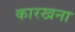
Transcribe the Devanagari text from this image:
कारखना